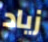
زياد